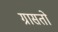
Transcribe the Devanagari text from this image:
ग्रासतो